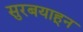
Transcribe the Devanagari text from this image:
सुरबयाहून